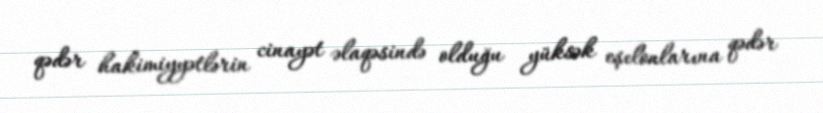
qədər hakimiyyətlərin cinayət əlaqəsində olduğu yüksək eşelonlarına qədər